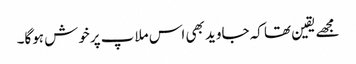
مجھےیقین تھا کہ جاوید بھی اس ملاپ پرخوش ہوگا۔